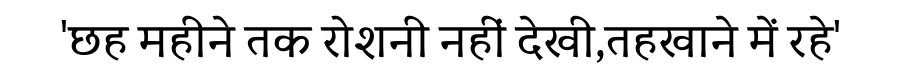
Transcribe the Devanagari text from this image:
'छह महीने तक रोशनी नहीं देखी,तहखाने में रहे'